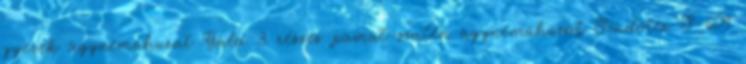
gyerek ágyneműhuzat Gála 3 részes pamut-szatén ágyneműhuzat Scudotex S-609